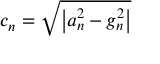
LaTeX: c _ { n } = { \sqrt { \left| a _ { n } ^ { 2 } - g _ { n } ^ { 2 } \right| } }